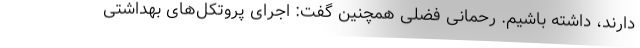
دارند، داشته باشیم. رحمانی فضلی همچنین گفت: اجرای پروتکل‌های بهداشتی